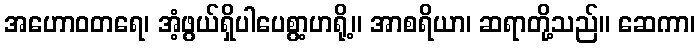
အဟောဝတရေ၊ အံ့ဖွယ်ရှိပါပေစွာ့ဟရို့။ အာစရိယာ၊ ဆရာတို့သည်။ ဆေကာ၊